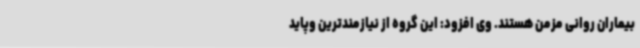
بیماران روانی مزمن هستند. وی افزود: این گروه از نیازمندترین وپاید